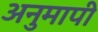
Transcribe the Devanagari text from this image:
अनुमापी